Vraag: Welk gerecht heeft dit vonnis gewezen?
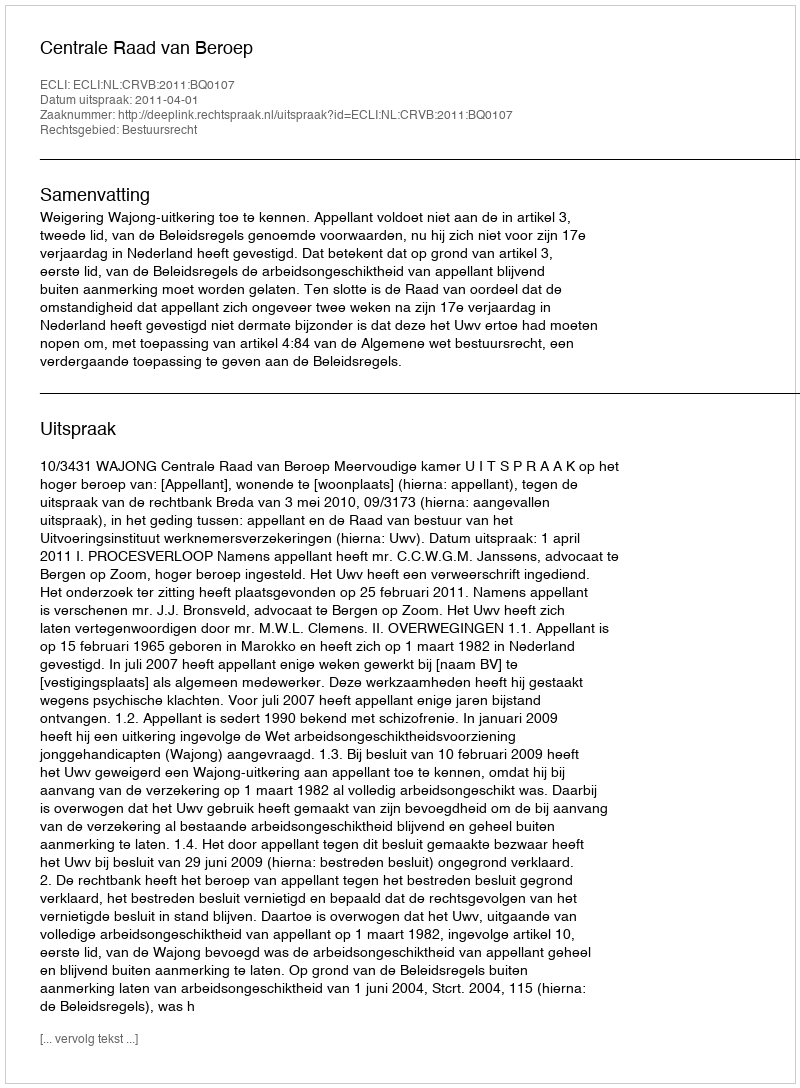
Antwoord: Centrale Raad van Beroep